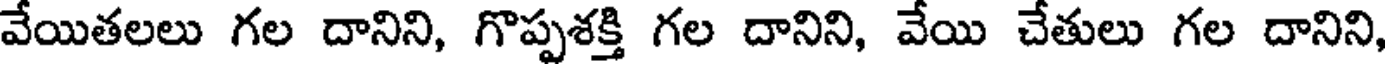
వేయితలలు గల దానిని, గొప్పశక్తి గల దానిని, వేయి చేతులు గల దానిని,